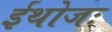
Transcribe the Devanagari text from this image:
ईथोजः